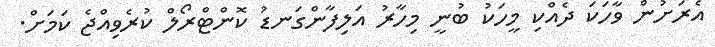
އެރަށުން ވާހަކަ ދެއްކި މީހަކު ބުނީ މިހާރު އަލިފާންގަނޑު ކޮންޓްރޯލް ކުރެވިއްޖެ ކަމަށް.